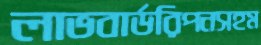
লাভবার্ডরিপনসহম